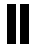
။